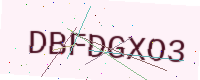
Text: DBFDGXO3